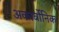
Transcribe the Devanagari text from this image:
अकार्बोनिक